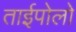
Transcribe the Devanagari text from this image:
ताईपोलो